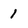
Character: 1